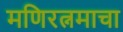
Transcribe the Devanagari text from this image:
मणिरत्नमाचा